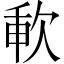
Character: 㰱